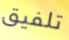
تلفيق